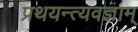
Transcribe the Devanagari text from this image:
प्रथयन्त्यवज्ञाम्‌